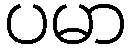
ပမာ